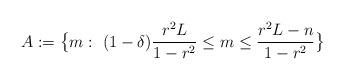
LaTeX: \begin{align*}A:=\bigl\{m: \ (1-\delta)\frac{r^2 L}{1-r^2}\leq m\leq \frac{r^2 L-n}{1-r^2}\bigr\}\end{align*}